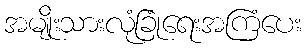
အမျိုးသားလုံခြုံရေးအကြံပေး